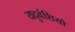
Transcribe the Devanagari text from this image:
यदुवंशियो